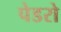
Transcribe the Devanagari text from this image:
पेडरो